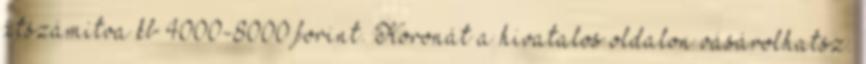
átszámítva kb 4000-8000 forint. Koronát a hivatalos oldalon vásárolhatsz.